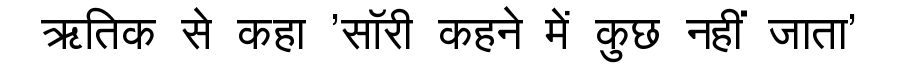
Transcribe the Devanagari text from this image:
ऋतिक से कहा 'सॉरी कहने में कुछ नहीं जाता'